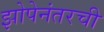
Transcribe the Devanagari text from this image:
झोपेनंतरची